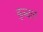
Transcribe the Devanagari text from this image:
कुरुदल